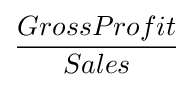
{\frac {GrossProfit}{Sales}}